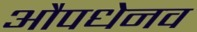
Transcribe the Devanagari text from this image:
औपधेनव